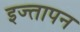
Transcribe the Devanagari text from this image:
इज्तापन